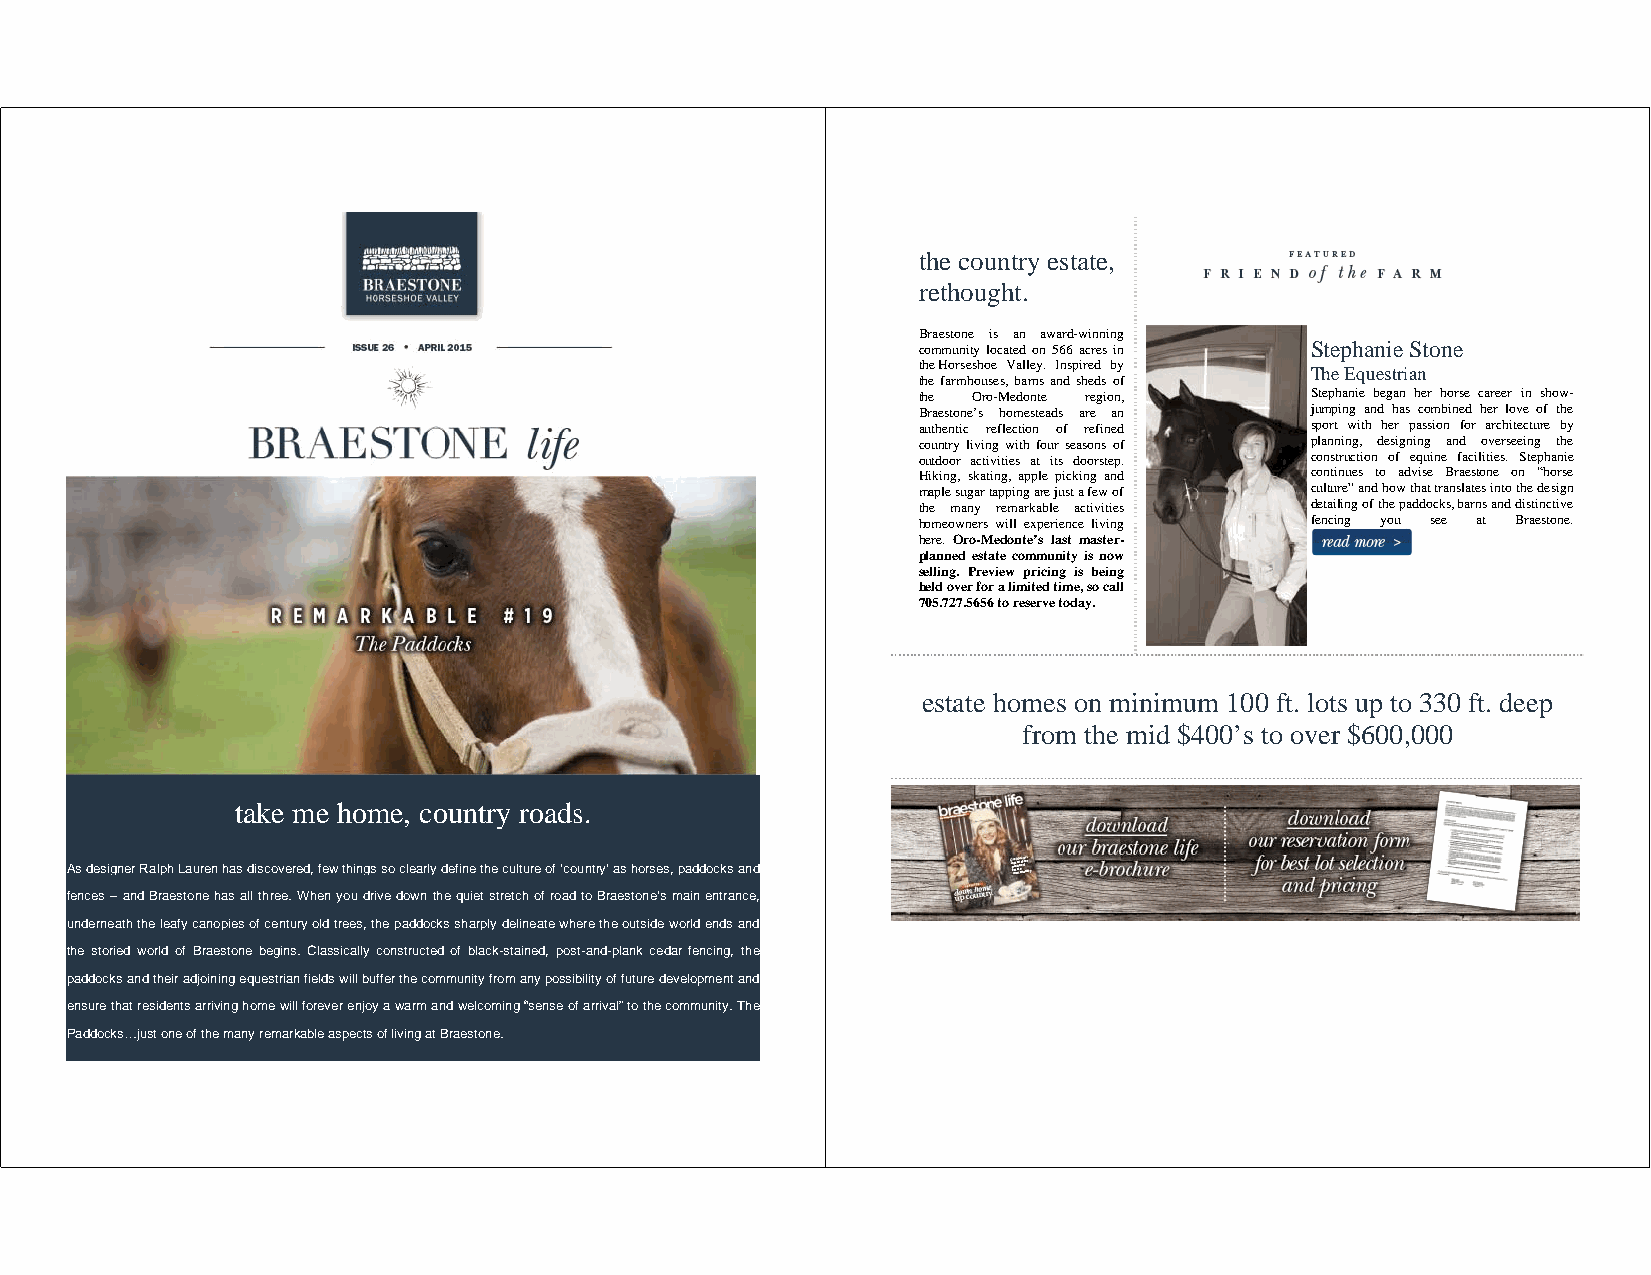
the country estate,
 rethought.
 Braestone is an award-winning
 community located on 566 acres in Stephanie Stone
 the Horseshoe Valley. Inspired by
 The Equestrian
 the farmhouses, barns and sheds of
 the Oro-Medonte region,   Stephanie began her horse career in show-
 Braestone’s homesteads are an jumping and has combined her love of the
 authentic reflection of refined sport with her passion for architecture by
 country living with four seasons of planning, designing and overseeing the
 outdoor activities at its doorstep. construction of equine facilities. Stephanie
 H mi ak pi ln eg s, us gk aa
 r
 t ti an pg p, ina gp p al re
 e
 jp ui sc tk ain fg
 e
 wa n od
 f
 c cuo ln tt uin reu ”e s
 a
 ndt o
 h
 owad tv hi ase
 t
 traB nr sa le as teto sn ie
 n
 too tn
 h e
 d“h eso ir gs ne
 the many remarkable activities detailing of the paddocks, barns and distinctive
 homeowners will experience living fencing you see at Braestone.
 here. Oro-Medonte’s last master-
 planned estate community is now
 selling. Preview pricing is being
 held over for a limited time, so call
 705.727.5656 to reserve today.
 estate homes on minimum 100 ft. lots up to 330 ft. deep
 from the mid $400’s to over $600,000
 take me home, country roads.
 As designer Ralph Lauren has discovered, few things so clearly define the culture of ‘country’ as horses, paddocks and
 fences – and Braestone has all three. When you drive down the quiet stretch of road to Braestone’s main entrance,
 underneath the leafy canopies of century old trees, the paddocks sharply delineate where the outside world ends and
 the storied world of Braestone begins. Classically constructed of black-stained, post-and-plank cedar fencing, the
 paddocks and their adjoining equestrian fields will buffer the community from any possibility of future development and
 ensure that residents arriving home will forever enjoy a warm and welcoming “sense of arrival” to the community. The
 Paddocks…just one of the many remarkable aspects of living at Braestone.